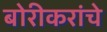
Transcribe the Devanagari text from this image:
बोरीकरांचे